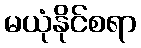
မယုံနိုင်စရာ